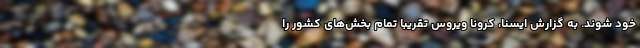
خود شوند. به گزارش ایسنا، کرونا ویروس تقریبا تمام بخش‌های کشور را